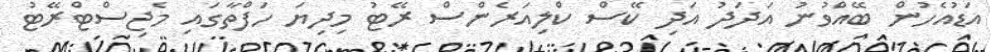
އަޑުއެހުން ބޭއްވުނު އަދަދު އަދި ކޭސް ކްލިއަރެންސް ރޭޓު މިދިޔަ ހަފްތާގައި މެޖިސްޓްރޭޓު